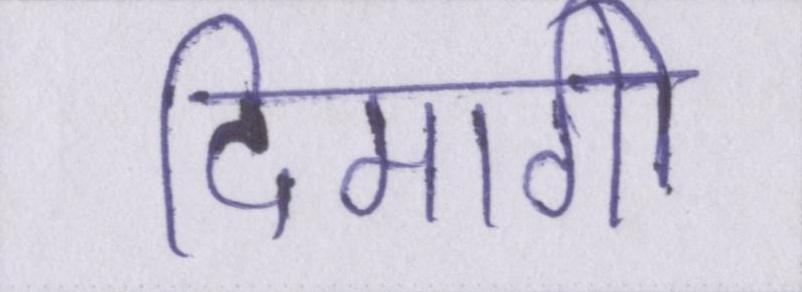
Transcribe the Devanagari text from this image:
दिमागी